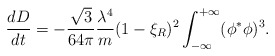
\begin{align*}{dD\over dt}=-{\sqrt{3}\over 64\pi}{\lambda^4\over m}(1-\xi_R)^2\int_{-\infty}^{+\infty}(\phi^*\phi)^3.\end{align*}